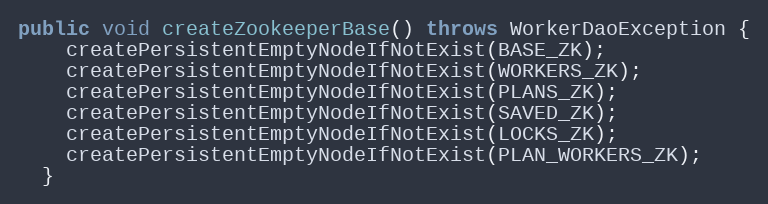
Language: Java
public void createZookeeperBase() throws WorkerDaoException {
    createPersistentEmptyNodeIfNotExist(BASE_ZK);
    createPersistentEmptyNodeIfNotExist(WORKERS_ZK);
    createPersistentEmptyNodeIfNotExist(PLANS_ZK);
    createPersistentEmptyNodeIfNotExist(SAVED_ZK);
    createPersistentEmptyNodeIfNotExist(LOCKS_ZK);
    createPersistentEmptyNodeIfNotExist(PLAN_WORKERS_ZK);
  }